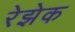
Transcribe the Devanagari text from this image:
रेझेक